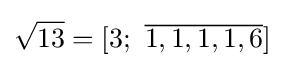
{\sqrt {13}}=[3;\ {\overline {1,1,1,1,6}}]